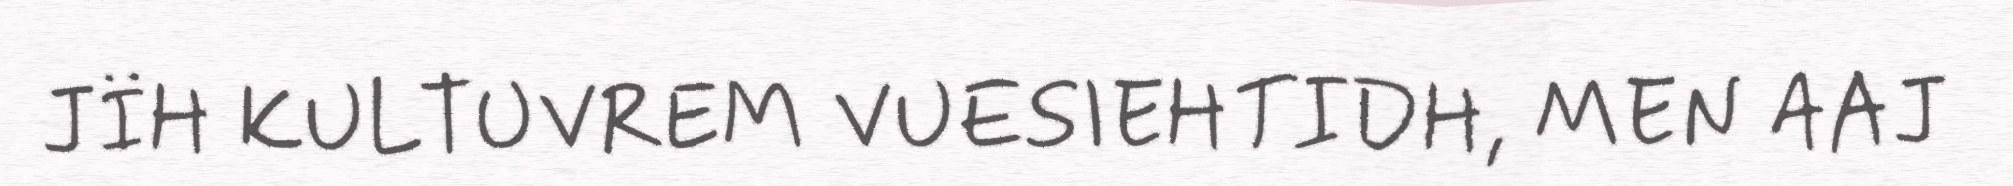
JÏH KULTUVREM VUESIEHTIDH, MEN AAJ